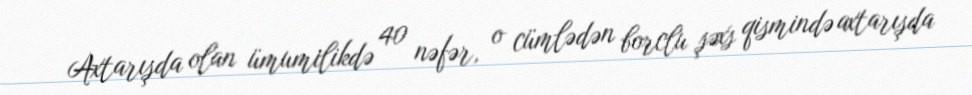
Axtarışda olan ümumilikdə 40 nəfər, o cümlədən borclu şəxs qismində axtarışda